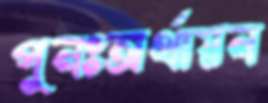
পুনঃঅর্থায়ন